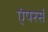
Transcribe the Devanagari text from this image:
एंपरर्स